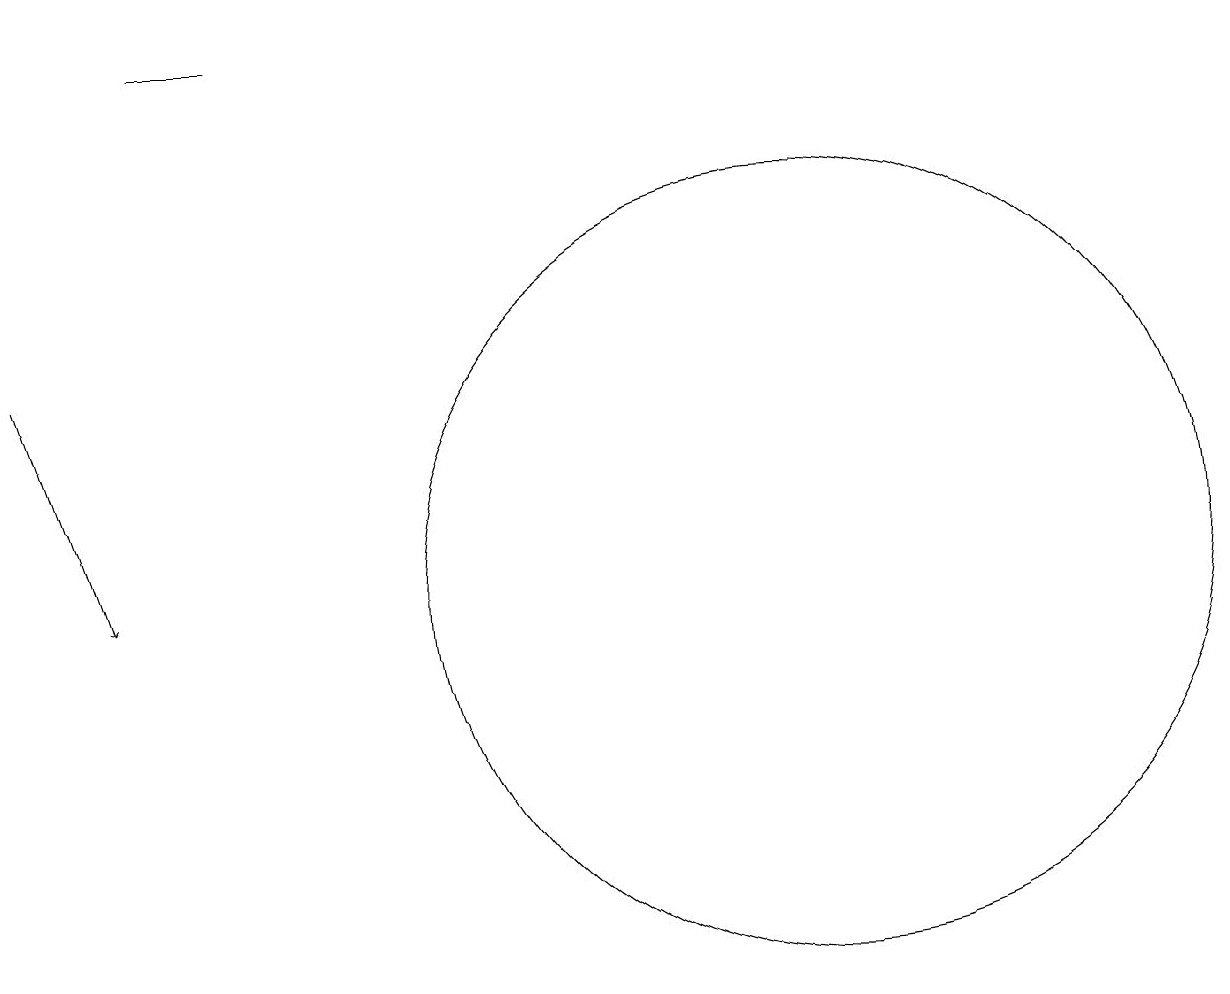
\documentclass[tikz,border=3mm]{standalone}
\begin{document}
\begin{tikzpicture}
\draw (10,11) circle (5);
\draw[->] (0,14) -- (1,11);
\draw (2,18) rectangle (3,18);
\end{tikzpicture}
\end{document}